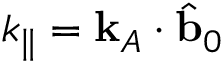
k _ { \parallel } = \mathbf { k } _ { A } \cdot \hat { \mathbf { b } } _ { 0 }